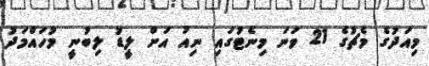
މިއަދުގެ މެޗުގެ 21 ވަނަ މިނެޓުގައި ނިއު އަށް ލީޑު ލިބުނީ މުހައްމަދު